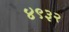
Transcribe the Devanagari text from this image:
४९३२